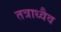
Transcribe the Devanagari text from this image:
तत्राध्वैव